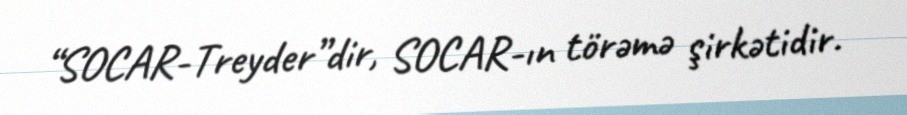
“SOCAR-Treyder”dir, SOCAR-ın törəmə şirkətidir.